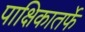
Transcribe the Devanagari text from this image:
पाक्षिकातर्फे